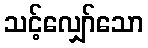
သင့်လျှော်သော